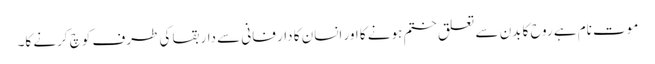
موت نام ہے روح کا بدن سے تعلق ختم ہونے کا اور انسان کا دار فانی سے دار بقا کی طرف کوچ کرنے کا۔